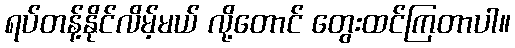
ရပ်တန့်နိုင်လိမ့်မယ် လို့တောင် တွေးထင်ကြတာပါ။